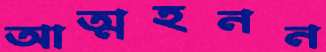
আত্মহনন